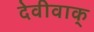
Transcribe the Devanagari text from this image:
देवीवाक्‌